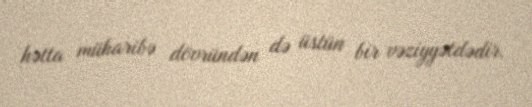
hətta müharibə dövründən də üstün bir vəziyyətdədir.